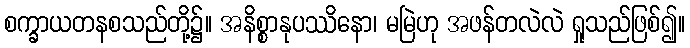
စက္ခာယတနစသည်တို့၌။ အနိစ္စာနုပဿိနော၊ မမြဲဟု အဖန်တလဲလဲ ရှုသည်ဖြစ်၍။